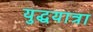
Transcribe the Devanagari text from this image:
युद्धयात्रा